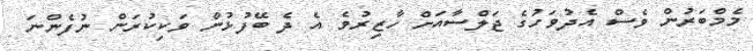
މެމްބަރުން ވެސް އެދުވަހުގެ ޖަލްސާއަށް ހާޒިރުވެ އެ ދެ ބޭފުޅުން ވަކިކުރަން ނުފެންނަ